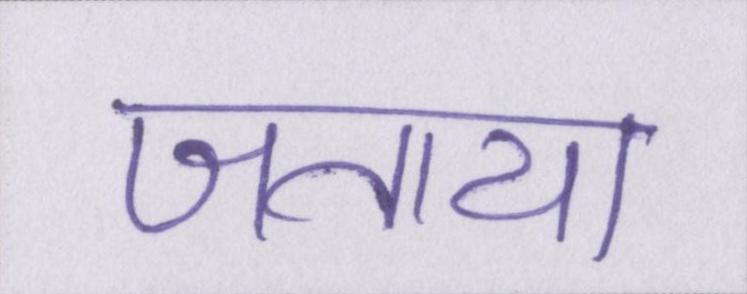
जताया